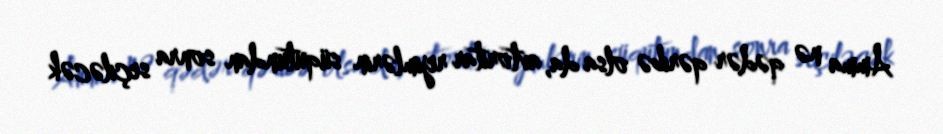
Amma nə qədər qəribə olsa da, avtoritar rejimlərin süqutundan sonra seçiləcək